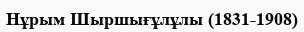
Нұрым Шыршығұлұлы (1831-1908)